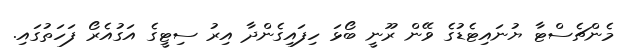
މެންޗެސްޓާ ޔުނައިޓެޑުގެ ވޭން ރޫނީ ބޯޅަ ހިފައިގެންދާ އިރު ސިޓީގެ އަގުއެރޯ ފަހަތުގައި.